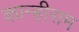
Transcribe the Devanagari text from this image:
कान्हीराम